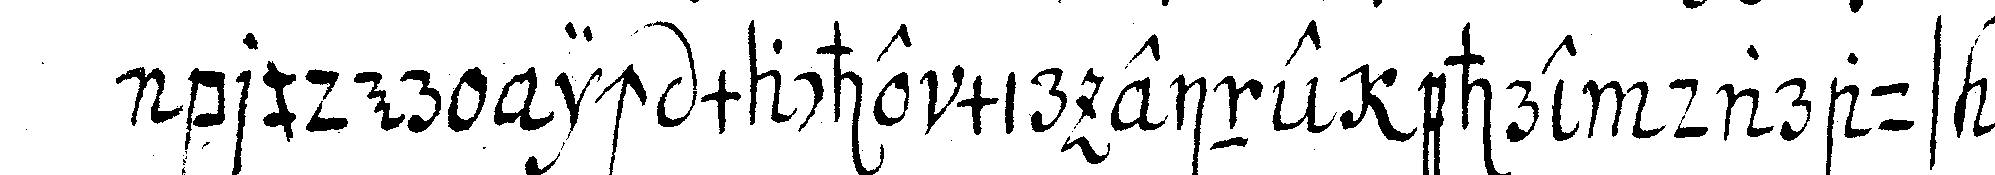
bruder ich mache mir eine ehre daraus es